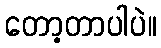
တော့တာပါပဲ။